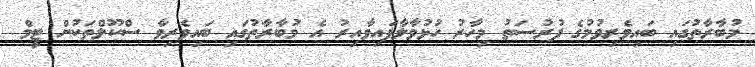
މުބާރާތުގައި ބައިވެރިވުމުގެ ފުރުސަތު މިހާރު ހުޅުވާލާފައިވާއިރު އެ މުބާރާތުގައި ބައިވެރިވާ ސްކޫލްތަކުން ޓީމް